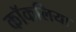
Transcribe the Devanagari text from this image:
कॉकलिया